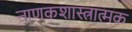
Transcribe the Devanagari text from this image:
नाणकशास्त्रात्मक